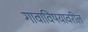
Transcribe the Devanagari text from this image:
गावाविषयावरील